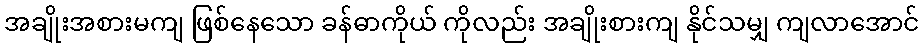
အချိုးအစားမကျ ဖြစ်နေသော ခန်ဓာကိုယ် ကိုလည်း အချိုးစားကျ နိုင်သမျှ ကျလာအောင်